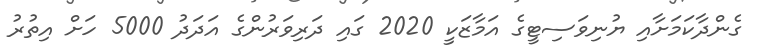
ގެންދާކަމަށާއި ޔުނިވަސިޓީގެ އަމާޒަކީ 2020 ގައި ދަރިވަރުންގެ އަދަދު 5000 ހަށް އިތުރު